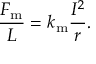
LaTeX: { \frac { F _ { \mathrm { m } } } { L } } = k _ { \mathrm { m } } { \frac { I ^ { 2 } } { r } } .